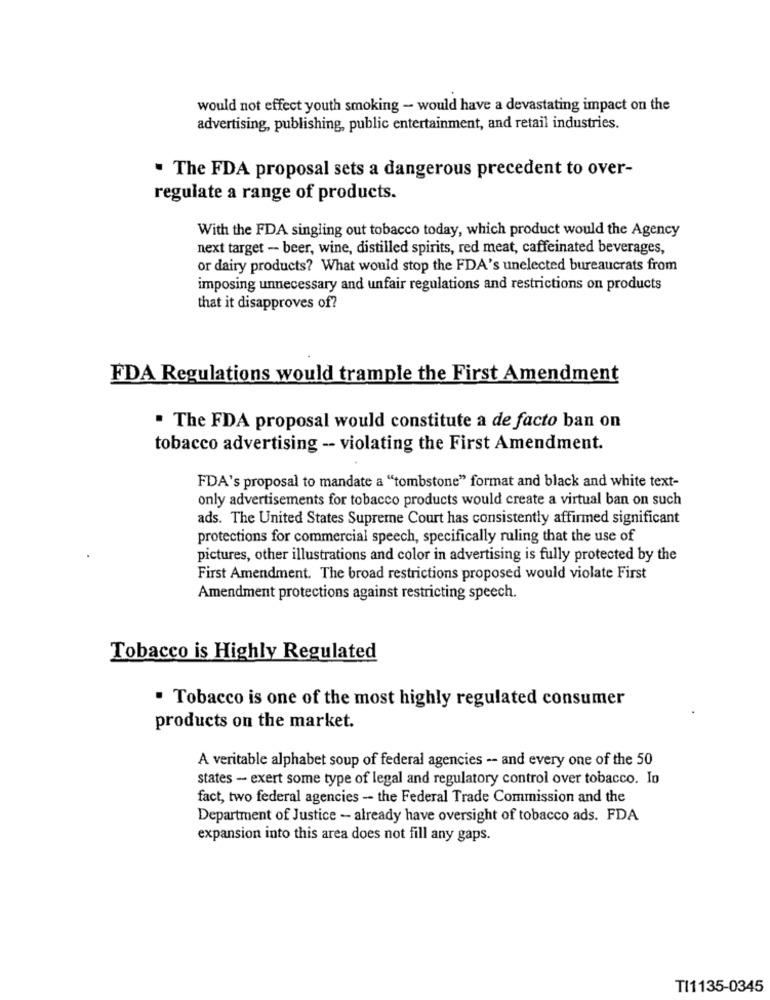
would not effect youth smoking - would have a devastating impact on the
advertising, publishing, public entertainment, and retail industries.
. The FDA proposal sets a dangerous precedent to over-
regulate a range of products.
With the FDA singling out tobacco today, which product would the Agency
next target - beer, wine, distilled spirits, red meat, caffeinated beverages,
or dairy products? What would stop the FDA's unelected bureaucrats from
imposing unnecessary and unfair regulations and restrictions on products
that it disapproves of?
FDA Regulations would trample the First Amendment
. The FDA proposal would constitute a de facto ban on
tobacco advertising -- violating the First Amendment.
FDA's proposal to mandate a "tombstone" format and black and white text-
only advertisements for tobacco products would create a virtual ban on such
ads. The United States Supreme Court has consistently affirmed significant
protections for commercial speech, specifically ruling that the use of
pictures, other illustrations and color in advertising is fully protected by the
First Amendment. The broad restrictions proposed would violate First
Amendment protections against restricting speech.
Tobacco is Highly Regulated
. Tobacco is one of the most highly regulated consumer
products on the market.
A veritable alphabet soup of federal agencies -- and every one of the 50
states - exert some type of legal and regulatory control over tobacco. In
fact, two federal agencies -- the Federal Trade Commission and the
Department of Justice - already have oversight of tobacco ads. FDA
expansion into this area does not fill any gaps.
TI1135-0345